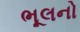
ભૂલનો